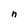
Character: n